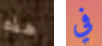
هذه في